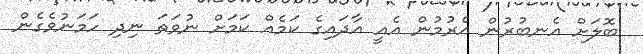
ބޮލަށް އެނބުރުން އެރުމުން އެއީ އާދައިގެ ކަމެއް ކަމަށް ނުވަތަ ނިދި ހަމަނުވެގެން